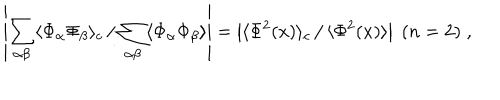
\left| \sum _ { \alpha \beta } \langle \Phi _ { \alpha } \Phi _ { \beta } \rangle _ { c } \left. \right/ \sum _ { \alpha \beta } \langle \Phi _ { \alpha } \Phi _ { \beta } \rangle \right| = \left| \langle \Phi ^ { 2 } ( x ) \rangle _ { c } \left. \right/ \langle \Phi ^ { 2 } ( x ) \rangle \right| \; ( n = 2 ) \; ,